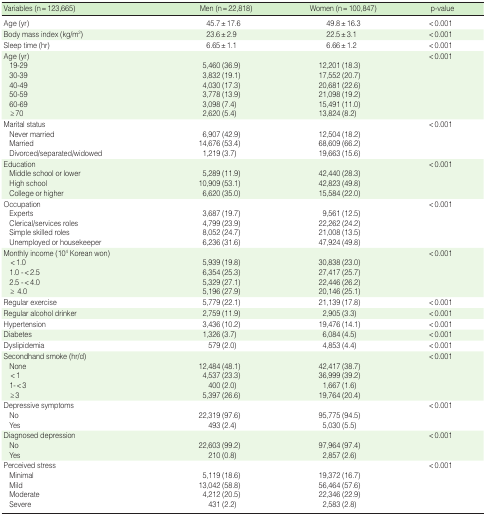
<table><thead><tr><td><b>Variables (n = 123,665)</b></td><td><b>Men (n = 22,818)</b></td><td><b>Women (n = 100,847)</b></td><td><b>p-value</b></td></tr></thead><tbody><tr><td>Age (yr)</td><td>45.7±17.6</td><td>49.8±16.3</td><td>&lt; 0.001</td></tr><tr><td>Body mass index (kg/m2)</td><td>23.6±2.9</td><td>22.5±3.1</td><td>&lt; 0.001</td></tr><tr><td>Sleep time (hr)</td><td>6.65 ±1.1</td><td>6.66±1.2</td><td>&lt; 0.001</td></tr><tr><td>Age (yr)</td><td></td><td></td><td>&lt; 0.001</td></tr><tr><td> 19-29</td><td>5,460 (36.9)</td><td>12,201 (18.3)</td><td></td></tr><tr><td> 30-39</td><td>3,832 (19.1)</td><td>17,552 (20.7)</td><td></td></tr><tr><td> 40-49</td><td>4,030 (17.3)</td><td>20,681 (22.6)</td><td></td></tr><tr><td> 50-59</td><td>3,778 (13.9)</td><td>21,098 (19.2)</td><td></td></tr><tr><td> 60-69</td><td>3,098 (7.4)</td><td>15,491 (11.0)</td><td></td></tr><tr><td> ≥70</td><td>2,620 (5.4)</td><td>13,824 (8.2)</td><td></td></tr><tr><td>Marital status</td><td></td><td></td><td>&lt; 0.001</td></tr><tr><td> Never married</td><td>6,907 (42.9)</td><td>12,504 (18.2)</td><td></td></tr><tr><td> Married</td><td>14,676 (53.4)</td><td>68,609 (66.2)</td><td></td></tr><tr><td> Divorced/separated/widowed</td><td>1,219 (3.7)</td><td>19,663 (15.6)</td><td></td></tr><tr><td>Education</td><td></td><td></td><td>&lt; 0.001</td></tr><tr><td> Middle school or lower</td><td>5,289 (11.9)</td><td>42,440 (28.3)</td><td></td></tr><tr><td> High school</td><td>10,909 (53.1)</td><td>42,823 (49.8)</td><td></td></tr><tr><td> College or higher</td><td>6,620 (35.0)</td><td>15,584 (22.0)</td><td></td></tr><tr><td>Occupation</td><td></td><td></td><td>&lt; 0.001</td></tr><tr><td> Experts</td><td>3,687 (19.7)</td><td>9,561 (12.5)</td><td></td></tr><tr><td> Clerical/services roles</td><td>4,799 (23.9)</td><td>22,262 (24.2)</td><td></td></tr><tr><td> Simple skilled roles</td><td>8,052 (24.7)</td><td>21,008 (13.5)</td><td></td></tr><tr><td> Unemployed or housekeeper</td><td>6,236 (31.6)</td><td>47,924 (49.8)</td><td></td></tr><tr><td>Monthly income (104 Korean won)</td><td></td><td></td><td>&lt; 0.001</td></tr><tr><td> &lt;1.0</td><td>5,939 (19.8)</td><td>30,838 (23.0)</td><td></td></tr><tr><td> 1.0 -&lt;2.5</td><td>6,354 (25.3)</td><td>27,417 (25.7)</td><td></td></tr><tr><td> 2.5 -&lt;4.0</td><td>5,329 (27.1)</td><td>22,446 (26.2)</td><td></td></tr><tr><td> ≥ 4.0</td><td>5,196 (27.9)</td><td>20,146 (25.1)</td><td></td></tr><tr><td>Regular exercise</td><td>5,779 (22.1)</td><td>21,139 (17.8)</td><td>&lt; 0.001</td></tr><tr><td>Regular alcohol drinker</td><td>2,759 (11.9)</td><td>2,905 (3.3)</td><td>&lt; 0.001</td></tr><tr><td>Hypertension</td><td>3,436 (10.2)</td><td>19,476 (14.1)</td><td>&lt; 0.001</td></tr><tr><td>Diabetes</td><td>1,326 (3.7)</td><td>6,084 (4.5)</td><td>&lt; 0.001</td></tr><tr><td>Dyslipidemia</td><td>579 (2.0)</td><td>4,853 (4.4)</td><td>&lt; 0.001</td></tr><tr><td>Secondhand smoke (hr/d)</td><td></td><td></td><td>&lt; 0.001</td></tr><tr><td> None</td><td>12,484 (48.1)</td><td>42,417 (38.7)</td><td></td></tr><tr><td> &lt;1</td><td>4,537 (23.3)</td><td>36,999 (39.2)</td><td></td></tr><tr><td> 1-&lt;3</td><td>400 (2.0)</td><td>1,667 (1.6)</td><td></td></tr><tr><td> ≥ 3</td><td>5,397 (26.6)</td><td>19,764 (20.4)</td><td></td></tr><tr><td>Depressive symptoms</td><td></td><td></td><td>&lt; 0.001</td></tr><tr><td> No</td><td>22,319 (97.6)</td><td>95,775 (94.5)</td><td></td></tr><tr><td> Yes</td><td>493 (2.4)</td><td>5,030 (5.5)</td><td></td></tr><tr><td>Diagnosed depression</td><td></td><td></td><td>&lt; 0.001</td></tr><tr><td> No</td><td>22,603 (99.2)</td><td>97,964 (97.4)</td><td></td></tr><tr><td> Yes</td><td>210 (0.8)</td><td>2,857 (2.6)</td><td></td></tr><tr><td>Perceived stress</td><td></td><td></td><td>&lt; 0.001</td></tr><tr><td> Minimal</td><td>5,119 (18.6)</td><td>19,372 (16.7)</td><td></td></tr><tr><td> Mild</td><td>13,042 (58.8)</td><td>56,464 (57.6)</td><td></td></tr><tr><td> Moderate</td><td>4,212 (20.5)</td><td>22,346 (22.9)</td><td></td></tr><tr><td> Severe</td><td>431 (2.2)</td><td>2,583 (2.8)</td><td></td></tr></tbody></table>